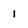
Character: 1